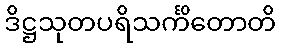
ဒိဋ္ဌသုတပရိသင်္ကိတောတိ